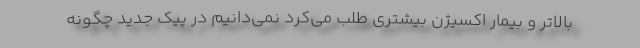
بالاتر و بیمار اکسیژن بیشتری طلب می‌کرد نمی‌دانیم در پیک جدید چگونه